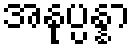
အနုပ္ပန္နာ